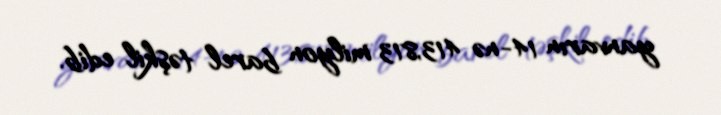
yanvarın 14-nə 413,813 milyon barel təşkil edib.